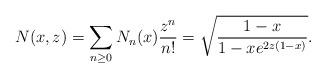
LaTeX: \begin{align*}N(x,z)=\sum_{n\geq 0}N_n(x)\frac{z^n}{n!}=\sqrt{\frac{1-x}{1-xe^{2z(1-x)}}}.\end{align*}